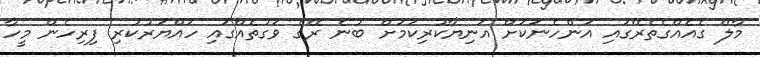
މާލޭ ގެއެއްގެތެރޭގައި އަންހެނަކަށް އަނިޔާކުރިކަމަށް ބުނެ ރޭގެ ވަގުތެއްގައި ހައްޔަރުކުރި ފިރިހެން މީހާ